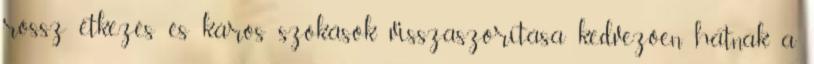
rossz étkezés és káros szokások visszaszorítása kedvezően hatnak a